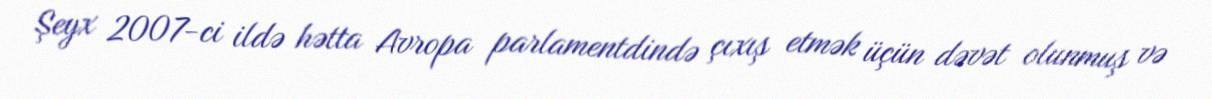
Şeyx 2007-ci ildə hətta Avropa parlamentdində çıxış etmək üçün dəvət olunmuş və